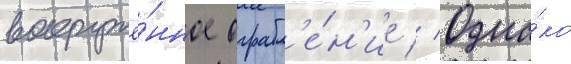
вооружё́нное ограбл'е́н'ие // Одна́ко